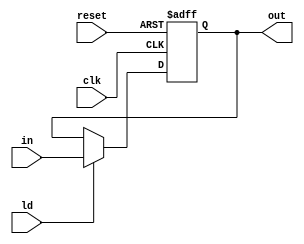
`timescale 1ns / 1ps
//////////////////////////////////////////////////////////////////////////////////
// Company: 
// Engineer: 
// 
// Design Name: 
// Module Name: pipo3
// Project Name: 
// Target Devices: 
// Tool Versions: 
// Description: 
// 
// Dependencies: 
// 
// Revision:
// Revision 0.01 - File Created
// Additional Comments:
// 
//////////////////////////////////////////////////////////////////////////////////


module pipo3(output reg [7:0] out, input [7:0] in, input ld,clk,reset);
always @(posedge clk,posedge reset)
begin
    if(reset)
        out <= 0;
    else if(ld)
        out <= in;       
end
endmodule